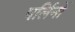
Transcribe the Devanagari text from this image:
पर्लिनों